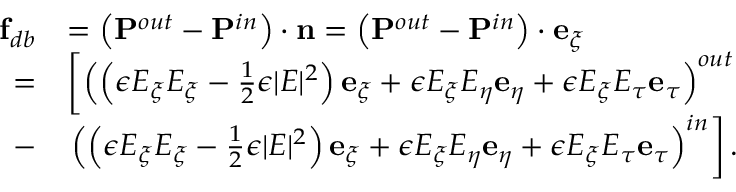
\begin{array} { r l } { \mathbf { f } _ { d b } } & { = \left( \mathbf { P } ^ { o u t } - \mathbf { P } ^ { i n } \right) \cdot \mathbf { n } = \left( \mathbf { P } ^ { o u t } - \mathbf { P } ^ { i n } \right) \cdot \mathbf { e } _ { \xi } } \\ { = } & { \left[ \left( \left( \epsilon E _ { \xi } E _ { \xi } - \frac { 1 } { 2 } \epsilon | E | ^ { 2 } \right) \mathbf { e } _ { \xi } + \epsilon E _ { \xi } E _ { \eta } \mathbf { e } _ { \eta } + \epsilon E _ { \xi } E _ { \tau } \mathbf { e } _ { \tau } \right) ^ { o u t } \right. } \\ { - } & { \left. \left( \left( \epsilon E _ { \xi } E _ { \xi } - \frac { 1 } { 2 } \epsilon | E | ^ { 2 } \right) \mathbf { e } _ { \xi } + \epsilon E _ { \xi } E _ { \eta } \mathbf { e } _ { \eta } + \epsilon E _ { \xi } E _ { \tau } \mathbf { e } _ { \tau } \right) ^ { i n } \right] . } \end{array}